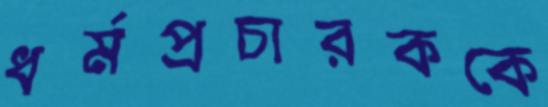
ধর্মপ্রচারককে